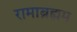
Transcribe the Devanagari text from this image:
रामाब्रह्मम